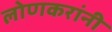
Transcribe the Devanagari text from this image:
लोणकरांनी